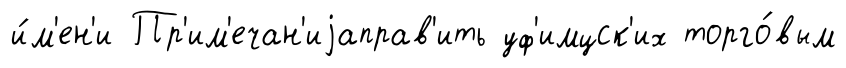
и́м'ен'и Пр'им'ечан'иjаправ'ить уф'имцск'их торго́вым